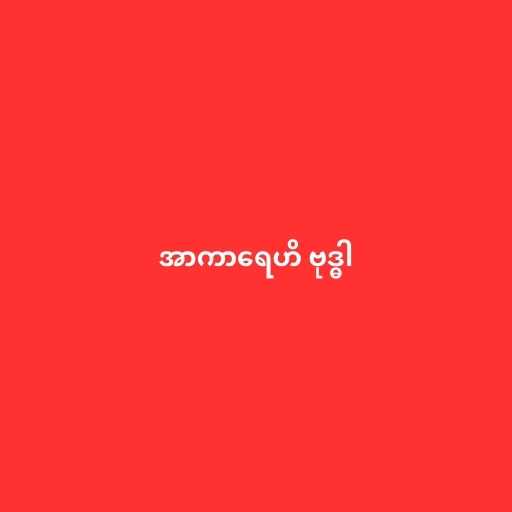
အာကာရေဟိ ဗုဒ္ဓါ